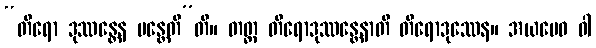
“တိရော ဒုဿန္တေန မန္တေတီ”တိ။ တတ္ထ တိရောဒုဿန္တေနာတိ တိရောဒုဿေန။ အယမေဝ ဝါ